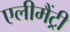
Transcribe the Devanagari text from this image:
एलीमैंट्री